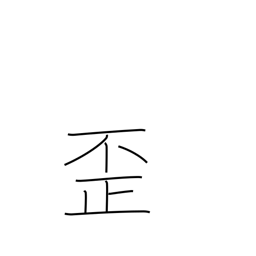
Meaning: distort